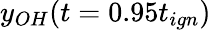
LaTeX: y_{OH}(t=0.95t_{ign})